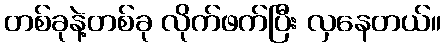
တစ်ခုနဲ့တစ်ခု လိုက်ဖက်ပြီး လှနေတယ်။